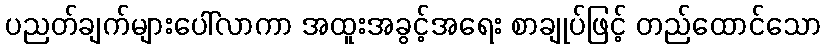
ပညတ်ချက်များပေါ်လာကာ အထူးအခွင့်အရေး စာချုပ်ဖြင့် တည်ထောင်သော